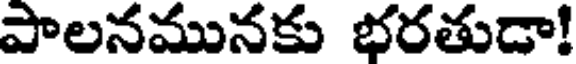
పాలనమునకు భరతుడా!